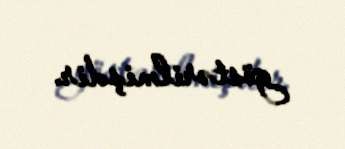
göstərilmişdir.